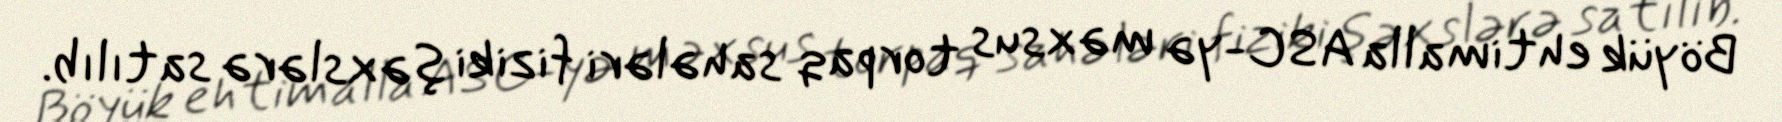
Böyük ehtimalla ASC-yə məxsus torpaq sahələri fiziki şəxslərə satılıb.